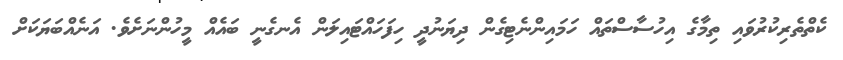
ކެތްތެރިކުރުވައި ތިމާގެ އިހުސާސްތައް ހަމައިންނެޓިގެން ދިޔަނުދީ ހިފަހައްޓައިލަން އެނގެނީ ބައެއް މީހުންނަށެވެ. އަނެއްބަޔަކަށް